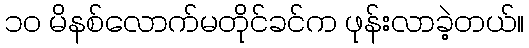
၁၀ မိနစ်လောက်မတိုင်ခင်က ဖုန်းလာခဲ့တယ်။